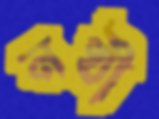
নখী